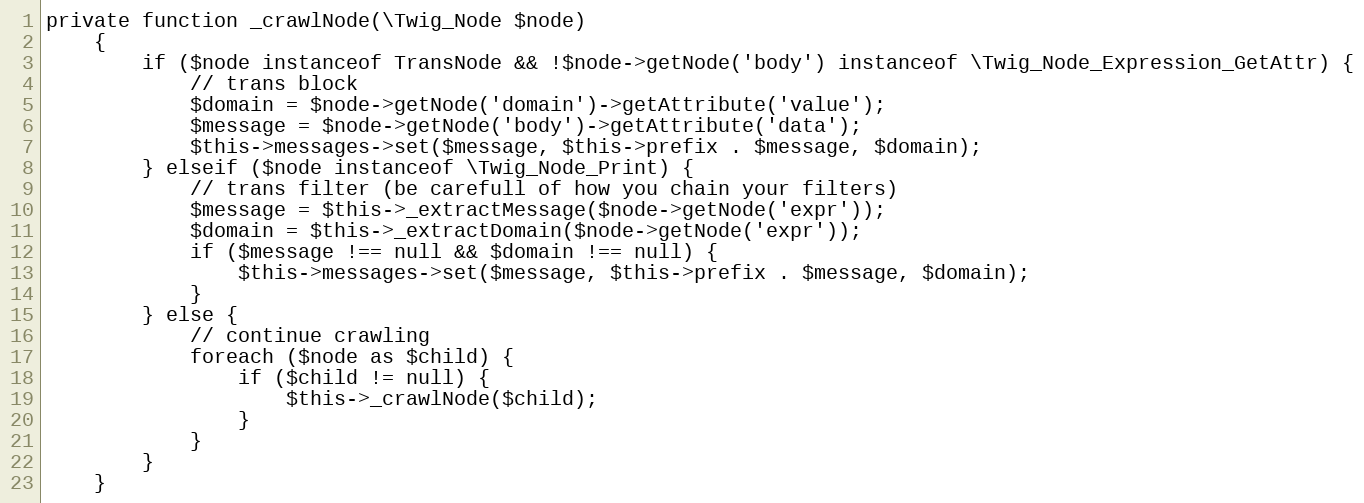
Language: PHP
private function _crawlNode(\Twig_Node $node)
	{
		if ($node instanceof TransNode && !$node->getNode('body') instanceof \Twig_Node_Expression_GetAttr) {
			// trans block
			$domain = $node->getNode('domain')->getAttribute('value');
			$message = $node->getNode('body')->getAttribute('data');
			$this->messages->set($message, $this->prefix . $message, $domain);
		} elseif ($node instanceof \Twig_Node_Print) {
			// trans filter (be carefull of how you chain your filters)
			$message = $this->_extractMessage($node->getNode('expr'));
			$domain = $this->_extractDomain($node->getNode('expr'));
			if ($message !== null && $domain !== null) {
				$this->messages->set($message, $this->prefix . $message, $domain);
			}
		} else {
			// continue crawling
			foreach ($node as $child) {
				if ($child != null) {
					$this->_crawlNode($child);
				}
			}
		}
	}